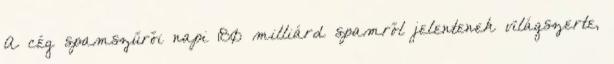
A cég spamszűrői napi 180 milliárd spamről jelentenek világszerte,